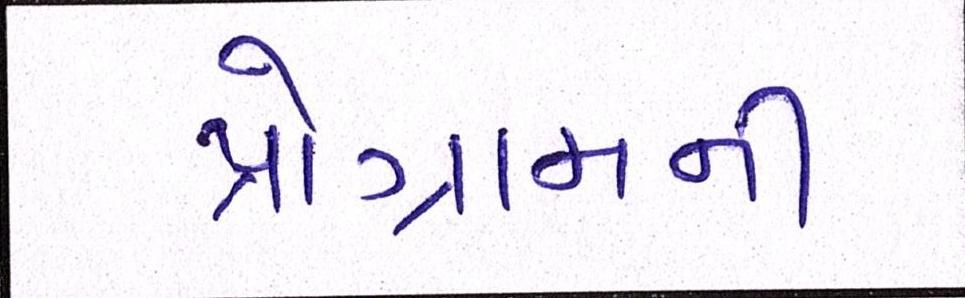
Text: પ્રોગ્રામની